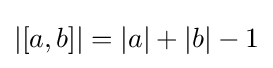
|[a,b]|=|a|+|b|-1